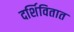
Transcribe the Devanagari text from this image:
दर्शिवितात